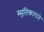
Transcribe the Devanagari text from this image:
स्मृतिकाराने